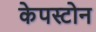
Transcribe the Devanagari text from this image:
केपस्टोन